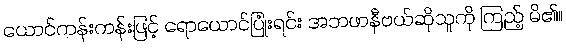
ယောင်ကန်းကန်းဖြင့် ရောယောင်ပြုံးရင်း အဘဖာနီဗယ်ဆိုသူကို ကြည့် မိ၏။